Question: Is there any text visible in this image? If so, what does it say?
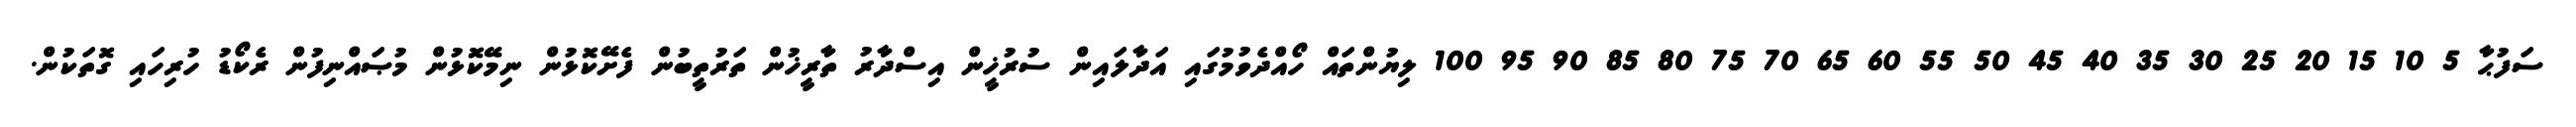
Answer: ސަފުޙާ 5 10 15 20 25 30 35 40 45 50 55 60 65 70 75 80 85 90 95 100 ލިޔުންތައް ހޯއްދެވުމުގައި އަދާލައިން ސުރުޚީން އިސްދާރު ތާރީޚުން ތަރުތީބުން ފެށޭކޮޅުން ނިމޭކޮޅުން މުޞައްނިފުން ރެކޯޑު ހުރިހައި ގޮތަކުން.